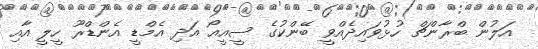
އަލުން ބްރާންޗް ހުޅުވައިދެއްވީ ބޭންކުގެ ސީއީއޯ އަދި އެމްޑީ އެންޑްރޫ ހީލީ އާއި